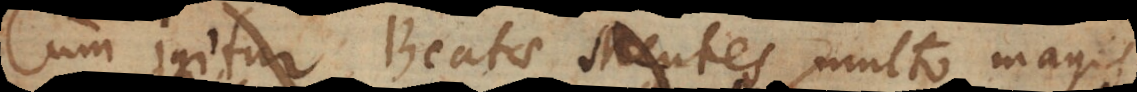
itur Beatae Mentes multo magis